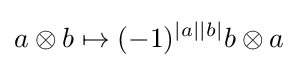
a\otimes b\mapsto (-1)^{\left|a\right|\left|b\right|}b\otimes a